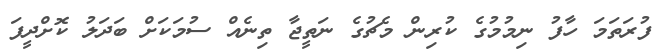
ފުރަތަމަ ހާފު ނިމުމުގެ ކުރިން މެޗުގެ ނަތީޖާ ތިނެއް ސުމަކަށް ބަދަލު ކޮށްދީފަ